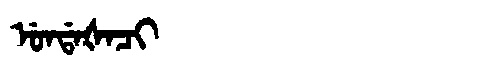
Manchu: ᡠᠨᡩᠠᡧᠠᠴᡳ
Romanization: UNDAŠACI